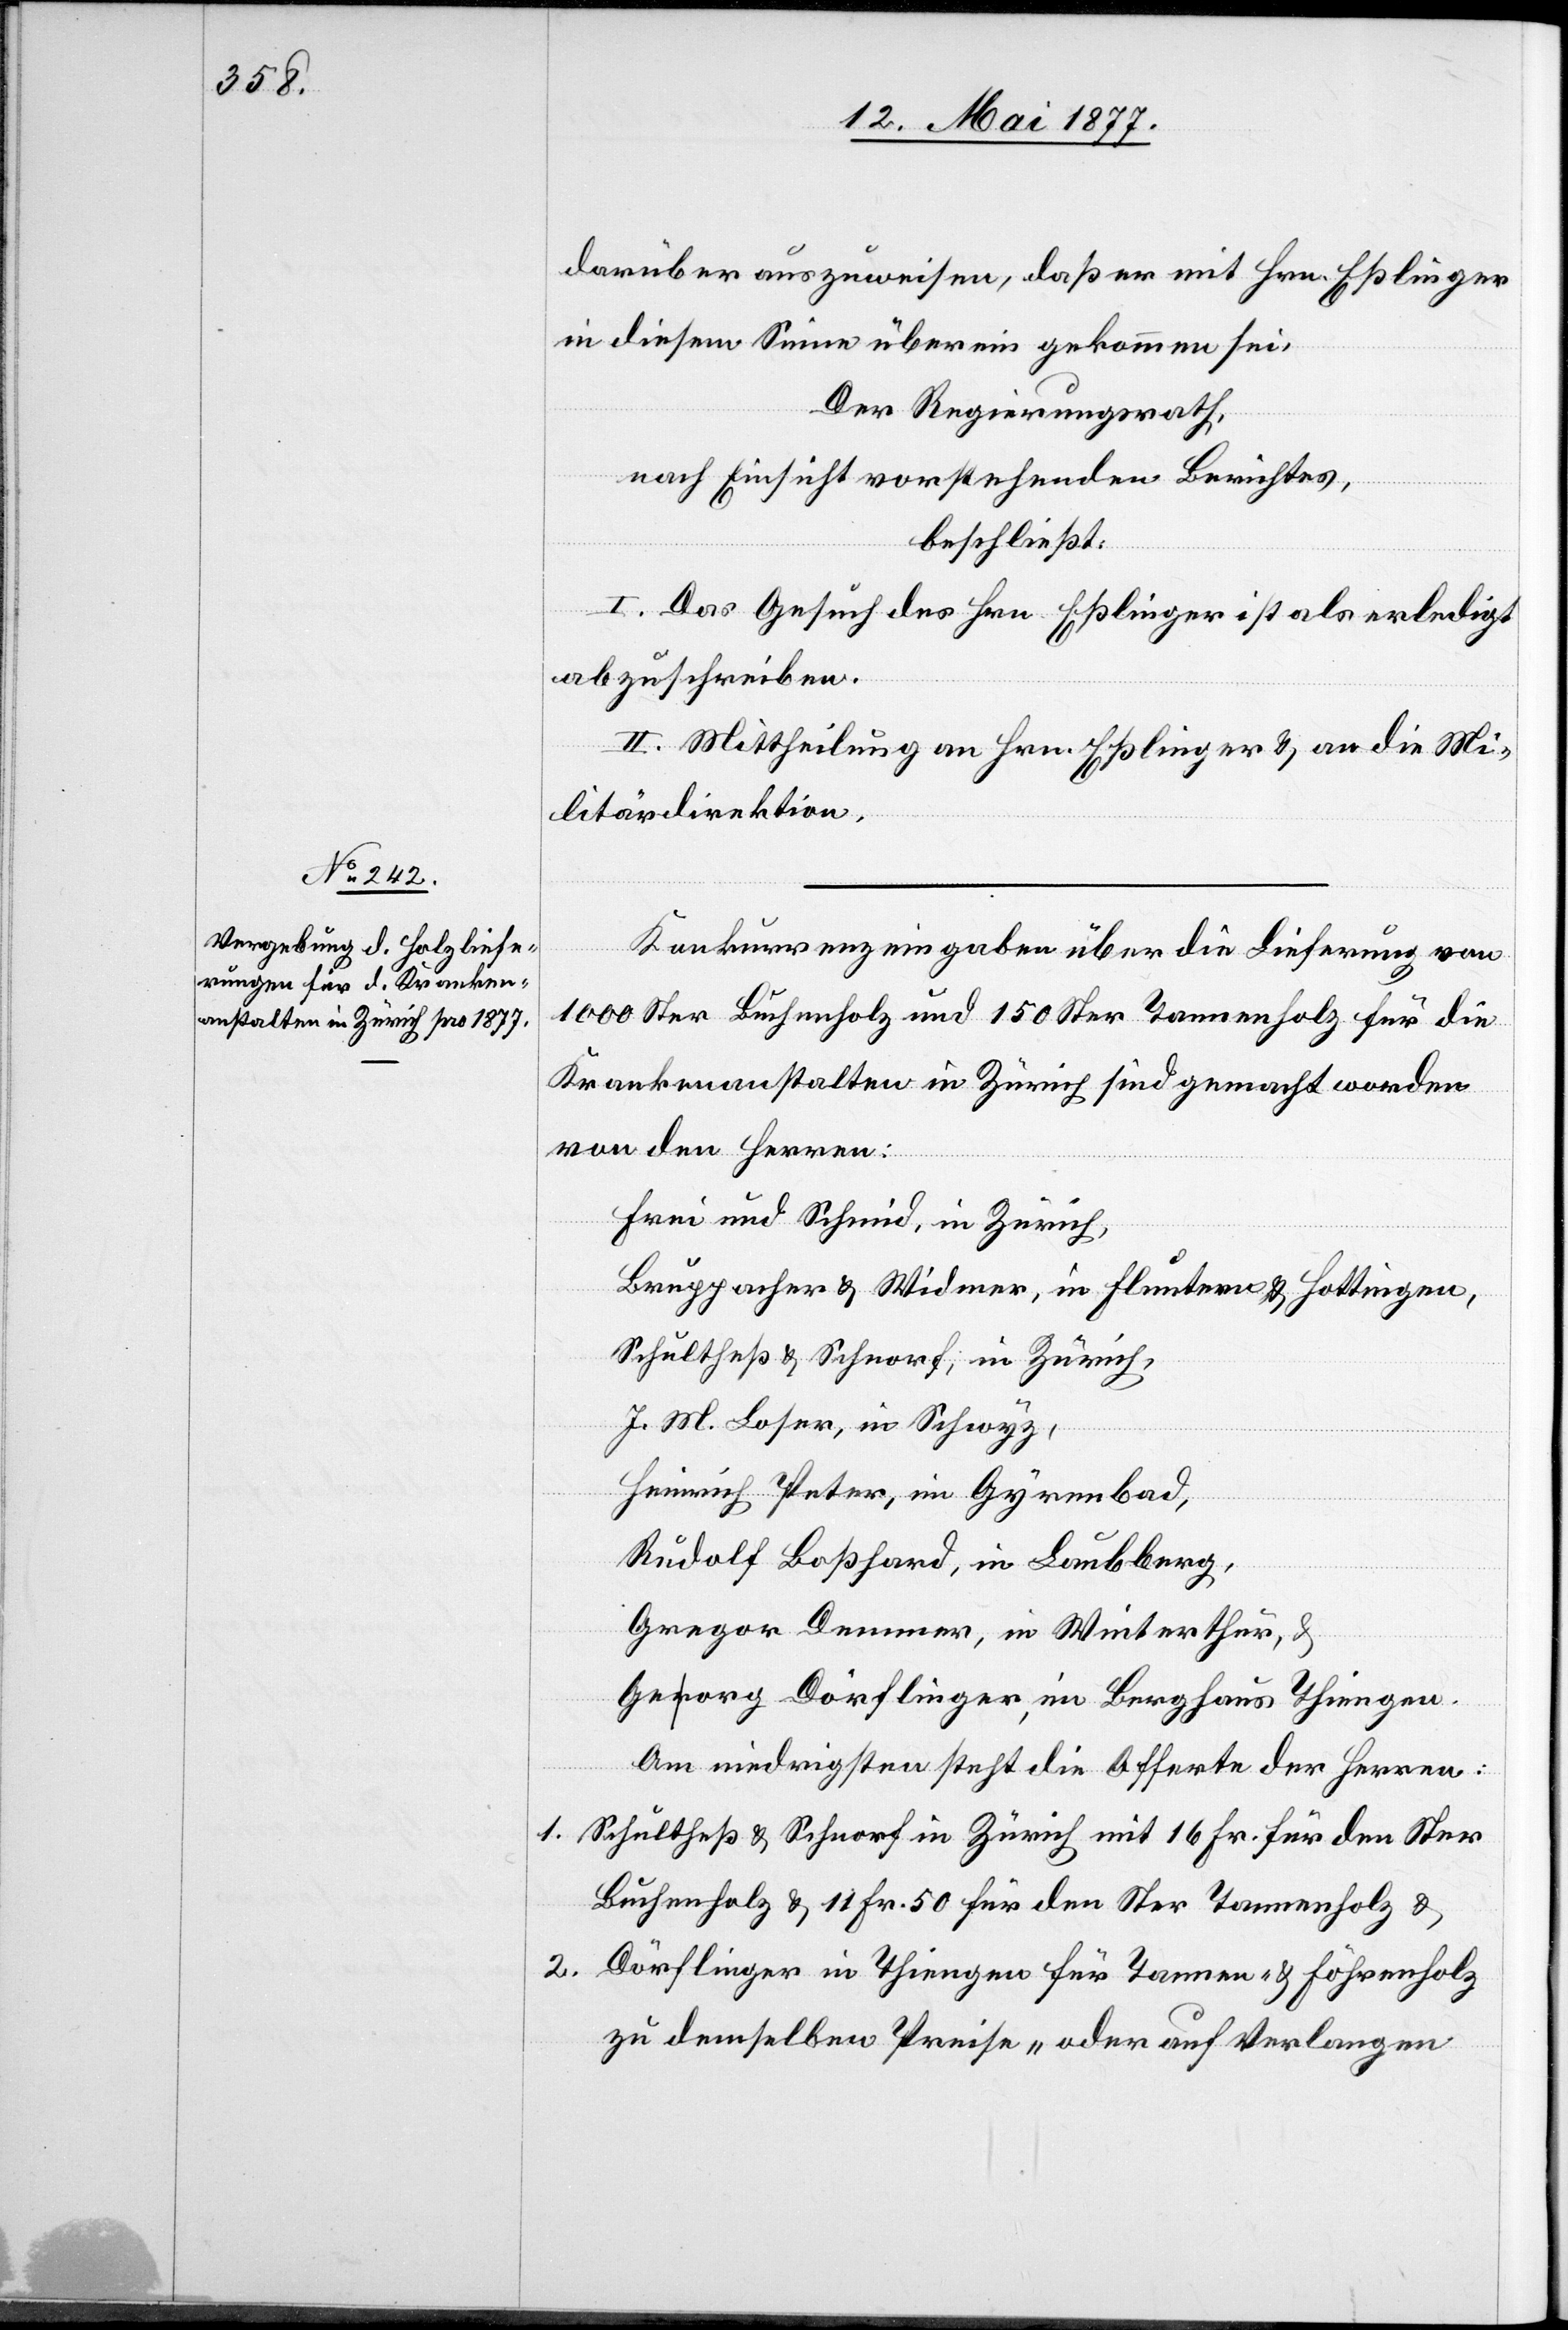
darüber auszuweisen, daß er mit Hrn. Eßlinger
in diesem Sinner übereingekommen sei.
Der Regierungsrath,
nach Einsicht vorstehenden Berichtes,
beschließt:
I. Das Gesuch des Hrn. Eßlinger ist als erledigt
abzuschreiben.
II. Mittheilung an Hrn. Eßlinger & an die Mi¬
litärdirektion.
Konkurrenzeingaben über die Lieferung von
1000 Ster Buchenholz und 150 Ster Tannenholz für die
Krankenanstalten in Zürich sind gemacht worden
von den Herren:
Frei und Schmid, in Zürich,
Bruppacher & Widmer, in Fluntern & Hottingen,
Schultheß & Schnorf, in Zürich,
J. M. Loser, in Schwyz,
Heinrich Peter, in Gyrenbad,
Rudolf Boßhard, in Laubberg,
Gregor Demmer, in Winterthur, &
Georg Dörflinger, in Berghaus Thiengen.
Am niedrigsten steht die Offerte der Herren:
1. Schutheß & Schnorf in Zürich mit 16 Fr. für den Ster
Buchenholz & 11 Fr. 50 für den Ster Tannenholz &
2. Dörflinger in Thiengen für Tannen- & Föhrenholz
zu demselben Preise „oder auf Verlangen